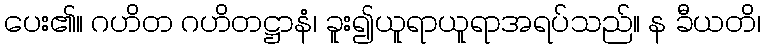
ပေး၏။ ဂဟိတ ဂဟိတဋ္ဌာနံ၊ ခူး၍ယူရာယူရာအရပ်သည်။ န ခီယတိ၊